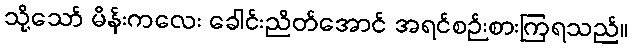
သို့သော် မိန်းကလေး ခေါင်းညိတ်အောင် အရင်စဉ်းစားကြရသည်။